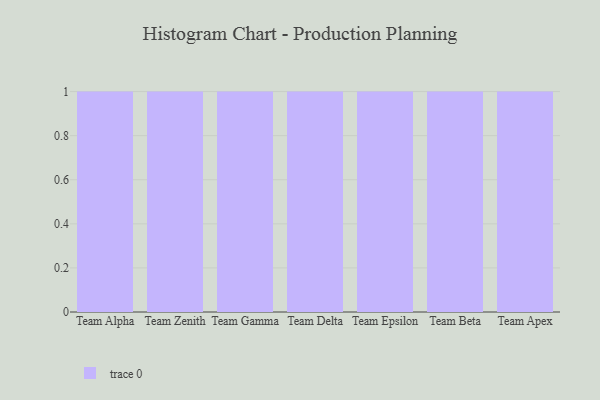
{"axis": {"x": "Team", "y": "Revenue (USD Million)"}, "legend": [""], "data": [{"x": "Team Alpha", "y": 72, "type": ""}, {"x": "Team Zenith", "y": 46, "type": ""}, {"x": "Team Gamma", "y": 75, "type": ""}, {"x": "Team Delta", "y": 100, "type": ""}, {"x": "Team Epsilon", "y": 66, "type": ""}, {"x": "Team Beta", "y": 93, "type": ""}, {"x": "Team Apex", "y": 9, "type": ""}]}